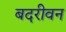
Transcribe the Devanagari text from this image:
बदरीवन